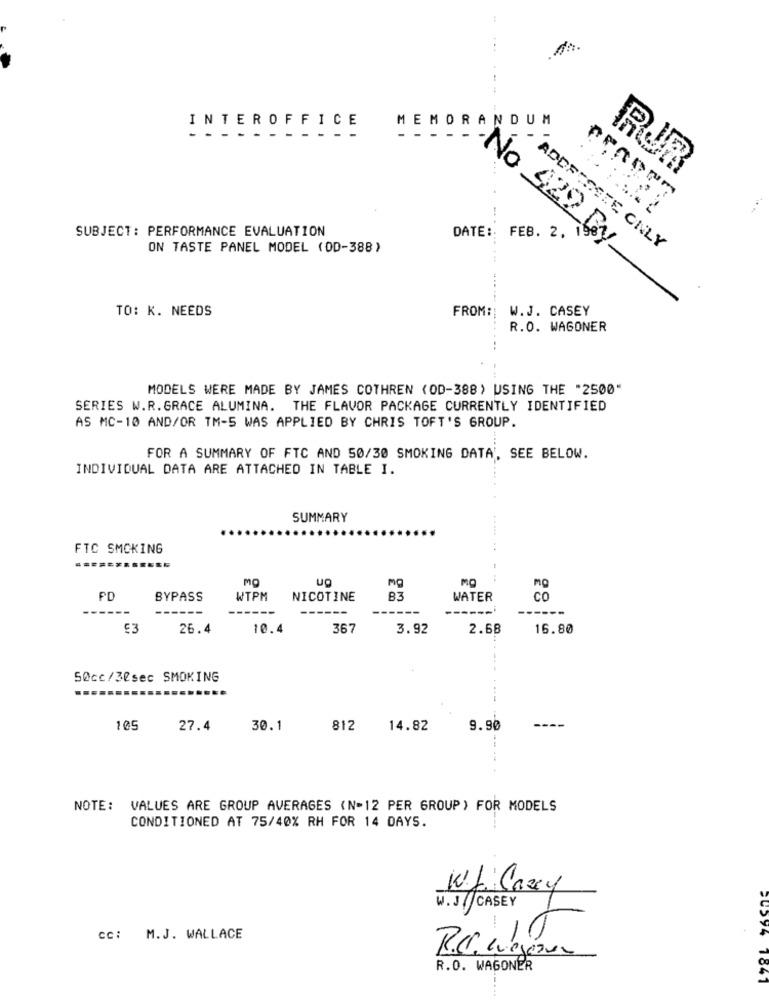
MEMOR
ANDUM
INTEROFFICE
RUR
SUBJECT: PERFORMANCE EVALUATION
DATE: FEB. 2. 19
ON TASTE PANEL MODEL (OD-388)
No 422 By
, ADDRESSTE ONLY
TO: K. NEEDS
FROM: W.J. CASEY
R.O. WAGONER
...
MODELS WERE MADE BY JAMES COTHREN (OD-388) USING THE "2500"
SERIES W.R.GRACE ALUMINA. THE FLAVOR PACKAGE CURRENTLY IDENTIFIED
AS MC-10 AND/OR TM-5 WAS APPLIED BY CHRIS TOFT'S GROUP.
FOR A SUMMARY OF FTC AND 50/30 SMOKING DATA', SEE BELOW.
INDIVIDUAL DATA ARE ATTACHED IN TABLE I.
SUMMARY
FTC SMOKING
MO
mg
mg
PD
BYPASS
WTPM
NICOTINE
83
WATER
Co
-----
26.4
10.4
367
3.92
2.68
16.80
50cc/30sec SMOKING
105
27.4
30.1
812
14.82
9.90
NOTE:
VALUES ARE GROUP AVERAGES (N=12 PER GROUP) FOR MODELS
CONDITIONED AT 75/40% RH FOR 14 DAYS.
Wf Carey
W.J. CASEY
CC: M.J. WALLACE
R.C. Wegener
R.O. WAGONER
60594 1841